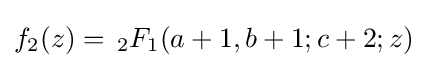
f_{2}(z)=\,_{2}F_{1}(a+1,b+1;c+2;z)